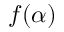
f ( \alpha )